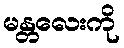
မန္တလေးကို